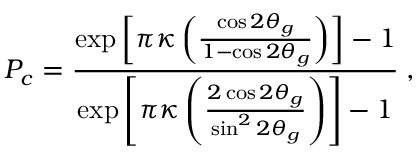
P _ { c } = \frac { \exp \left[ \pi \kappa \left( \frac { \cos 2 \theta _ { g } } { 1 - \cos 2 \theta _ { g } } \right) \right] - 1 } { \exp \left[ \pi \kappa \left( \frac { 2 \cos 2 \theta _ { g } } { \sin ^ { 2 } 2 \theta _ { g } } \right) \right] - 1 } \; ,